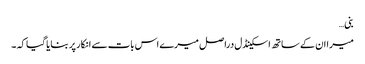
بنی…
میرا ان کے ساتھ اسکینڈل دراصل میرے اس بات سے انکار پر بنایا گیا کہ ۔